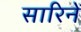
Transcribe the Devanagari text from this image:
सारिनें